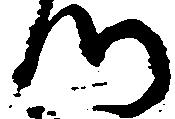
つ